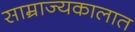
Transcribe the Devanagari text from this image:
साम्राज्यकालात